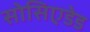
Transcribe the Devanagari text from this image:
सोसिएडेड